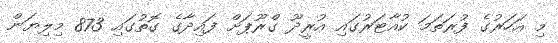
މި އަހަރުގެ ފުރަތަމަ ކުއާޓަރުގައި އުރީދޫ ގްރޫޕަށް ފައިދާގެ ގޮތުގައި 873 މިލިޔަން